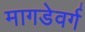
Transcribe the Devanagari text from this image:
मागडेवर्ग